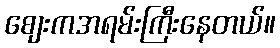
စျေးကအရမ်းကြီးနေတယ်။